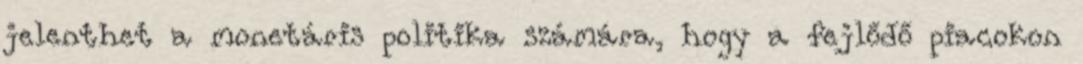
jelenthet a monetáris politika számára, hogy a fejlődő piacokon